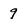
Character: 9